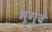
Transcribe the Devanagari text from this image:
भृगुदे